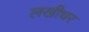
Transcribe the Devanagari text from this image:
लखीधर